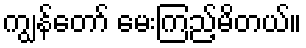
ကျွန်တော် မေးကြည့်မိတယ်။